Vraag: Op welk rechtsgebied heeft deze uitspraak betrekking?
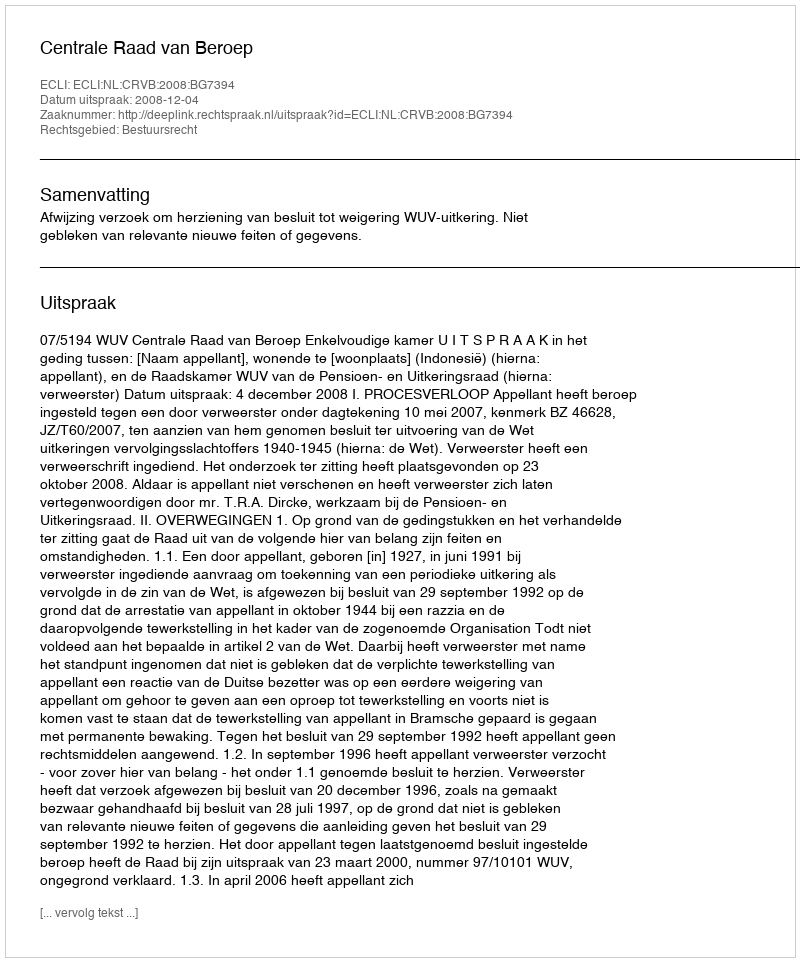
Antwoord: Bestuursrecht